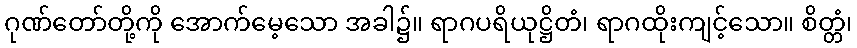
ဂုဏ်တော်တို့ကို အောက်မေ့သော အခါ၌။ ရာဂပရိယုဋ္ဌိတံ၊ ရာဂထိုးကျင့်သော။ စိတ္တံ၊